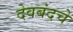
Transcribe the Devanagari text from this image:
देवबंदचे